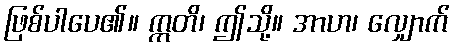
ဖြစ်ပါပေ၏။ ဣတိ၊ ဤသို့။ အာဟ၊ လျှောက်